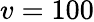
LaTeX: v=100